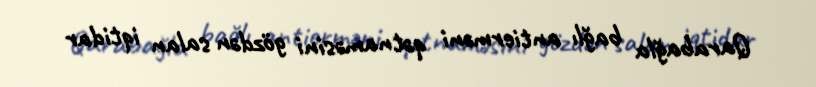
Qarabağla bağlı antierməni qətnaməsini gözdən salan iqtidar